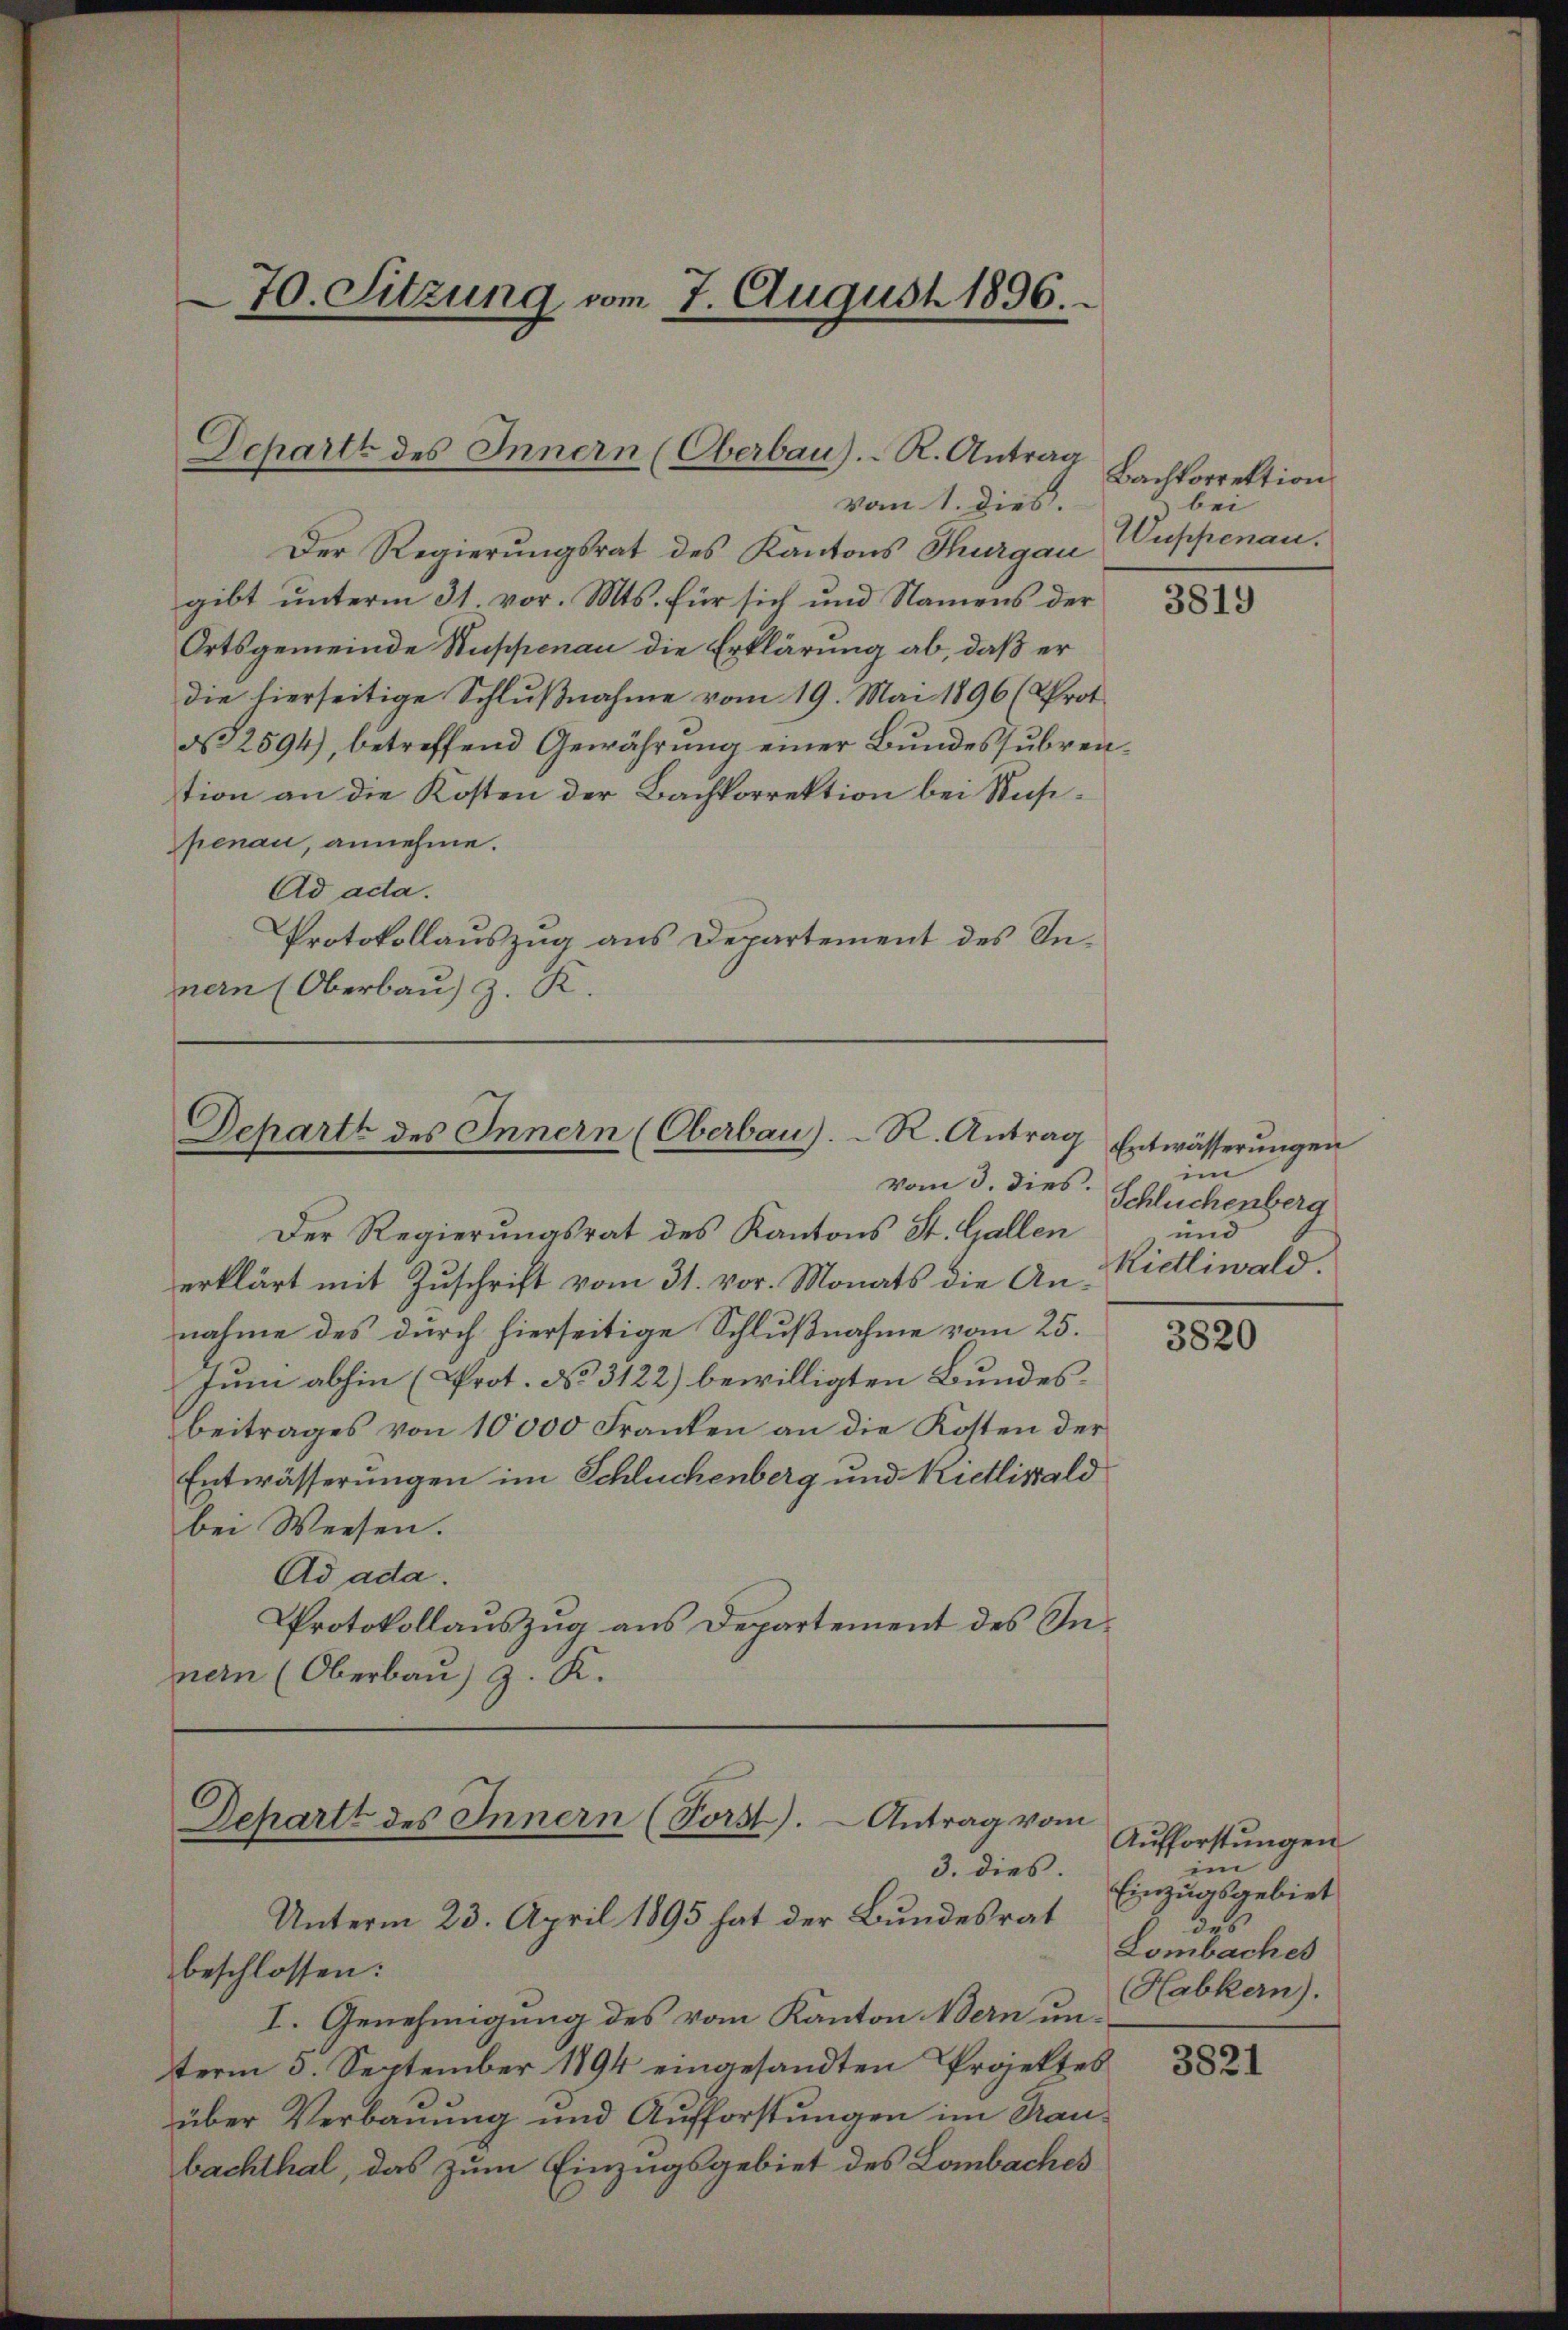
70. Sitzung vom 7. August 1896.

Schartt des Innern (Oberbau). R. Antrag

Departe des Innern (Oberbau).-R. Antrag
vom 3. dies

vom 1. dies
Der Regierungsrat des Kantons Thurgau
gibt ŭnterm 31. vor. Mts. für sich und Namens der
Ortsgemeinde Stuppenau die Erklärung ab, daß er
die hierseitige Schlußnahme vom 19. Mai 1896 (Prot
No 2594), betreffend Gewährung einer Bundessubvention an die Kosten der Bachkorrektion bei Rusipenau, annehme.
Ad acta.
Protokollauszug aus Departement des Innern (Oberbau) z. K.

Der Regierungsrat des Kantons St. Gallen
erklärt mit Zuschrift vom 31. vor. Monats die Annahme des durch hierseitige Schlußnahme vom 25.
Juni abhin (Prot. No 3122) bewilligten Bundesbeitrages von 10000 Franken an die Kosten der
Entwässerungen im Schluchenberg und Nietlistald
bei Weesen.
Ad ada.
Protokollauszug aus Departement des Innern (Oberbau) z. K.

Dchartt des Innern (Vorst). Antrag vom
3. dies.

Unterm 23. April 1895 hat der Bundesrat
beschlossen:
I. Genehmigung des vom Kanton Bern unterm 5. September 1894 eingesandten Projektes
über Verbauung und Aufforstungen im Fraubachthal, das zum Einzugsgebiet des Lombaches

Bachkorrektion
bei
Wuppenau.

Entwässerungen
im
Schluchenberg
und
Kidliwald.

Aufforstungen
im 6
Einzugsgebiet
des
Lombaches
Habkern).

3819

3820

3821